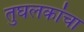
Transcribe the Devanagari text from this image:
तुघलकांचा